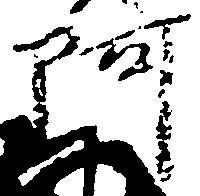
阿